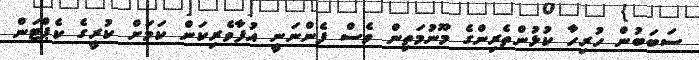
ސަބަބުން ހުރިހާ ކުޅުންތެރިންގެ މޫނުމަތިން ވެސް ފެންނަނީ އުފާވެރިކަން ކަމަށް ކުރީގެ ކެޕްޓަން